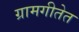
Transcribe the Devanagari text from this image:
ग्रामगीतेत